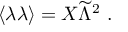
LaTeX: \langle \lambda \lambda \rangle = X { \widetilde \Lambda } ^ { 2 } ~ .